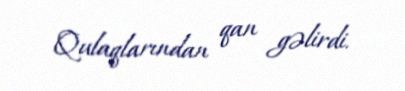
Qulaqlarından qan gəlirdi.